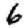
Digit: 6